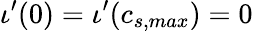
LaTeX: \iota^{\prime}(0)=\iota^{\prime}(c_{s,max})=0